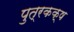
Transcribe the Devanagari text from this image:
पुत्रकक्ष